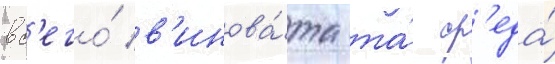
вс'его́ в'инова́та та́ ср'еда́